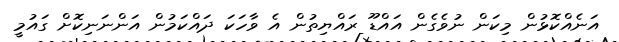
އަނެއްކޮޅުން މިކަން ނުވެގެން އައްޑޫ ރައްޔިތުން އެ ވާހަކަ ދައްކަމުން އަންނަނިކޮށް ގައުމީ